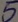
Text: 5